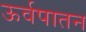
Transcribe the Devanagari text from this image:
ऊर्वपातन